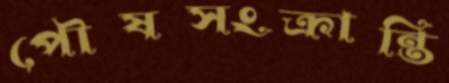
পৌষসংক্রান্তি